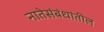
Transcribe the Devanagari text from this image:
नातेसंबंधांतील